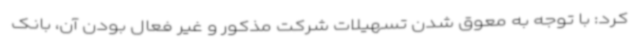
کرد: با توجه به معوق شدن تسهیلات شرکت مذکور و غیر فعال بودن آن، بانک